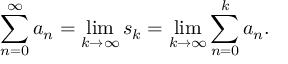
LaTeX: \sum _ { n = 0 } ^ { \infty } a _ { n } = \operatorname* { l i m } _ { k \to \infty } s _ { k } = \operatorname* { l i m } _ { k \to \infty } \sum _ { n = 0 } ^ { k } a _ { n } .